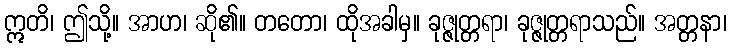
ဣတိ၊ ဤသို့။ အာဟ၊ ဆို၏။ တတော၊ ထိုအခါမှ။ ခုဇ္ဇုတ္တရာ၊ ခုဇ္ဇုတ္တရာသည်။ အတ္တနာ၊